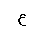
Letter: _ayn